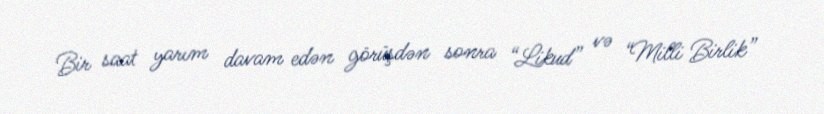
Bir saat yarım davam edən görüşdən sonra “Likud” və “Milli Birlik”